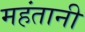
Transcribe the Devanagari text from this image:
महंतानी